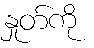
နှုတ်ကို